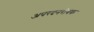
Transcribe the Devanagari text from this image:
अपरदनरोधक